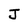
Character: J